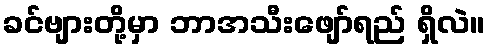
ခင်ဗျားတို့မှာ ဘာအသီးဖျော်ရည် ရှိလဲ။